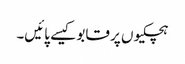
ہچکیوں پر قابو کیسے پائیں۔